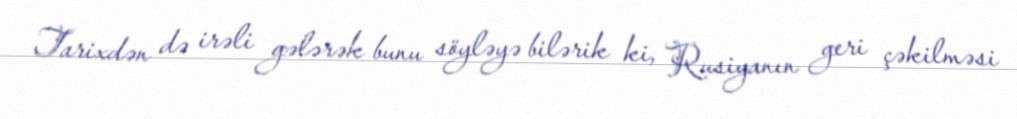
Tarixdən də irəli gələrək bunu söyləyə bilərik ki, Rusiyanın geri çəkilməsi